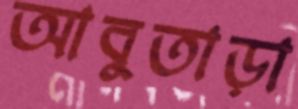
আবুতাড়া